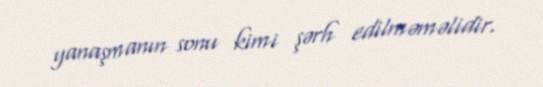
yanaşmanın sonu kimi şərh edilməməlidir.